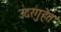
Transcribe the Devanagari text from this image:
उदरगुहेत